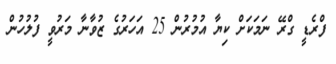
ފްރެޑީ ގްރޭ ނަމަކަށް ކިޔާ އުމުރުން 25 އަހަރުގެ ޒުވާނާ މަރުވީ ފުލުހުން